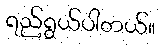
ရည်ရွယ်ပါတယ်။